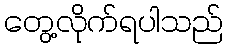
တွေ့လိုက်ရပါသည်